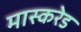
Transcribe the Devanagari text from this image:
मास्करेड